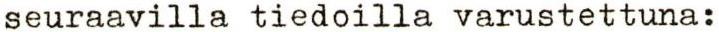
seuraavilla tiedoilla varustettuna: